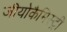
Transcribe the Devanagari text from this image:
जीयोकैमिस्ट्री